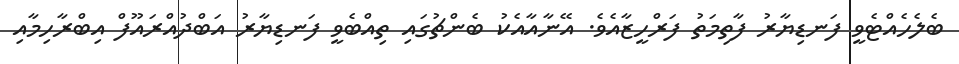
ބެލެހެއްޓެވީ ފަނޑިޔާރު ފާތިމަތު ފަރްހީޒާއެވެ. އޭނާއާއެކު ބެންޗުގައި ތިއްބެވީ ފަނޑިޔާރު އަބްދުއްރައޫފް އިބްރާހިމާއި